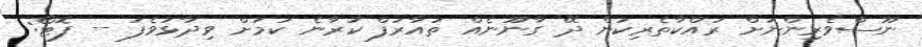
ނޫސްވެރިންނަށް ރައްކާތެރިކަން ދޭ ގާނޫނެއް ތައާރަފް ކުރާނެ ކަމަށް ވިދާޅުވެފަ -- ފޮޓޯ: